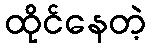
ထိုင်နေတဲ့